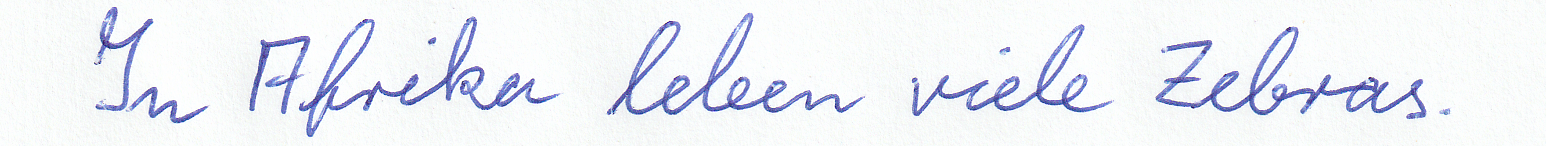
In Afrika leben viele Zebras.